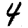
Digit: 4